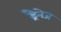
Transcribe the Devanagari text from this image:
ड्रैनेज